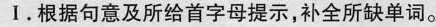
Ⅰ.根据句意及所给首字母提示，补全所缺单词。